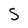
Character: S